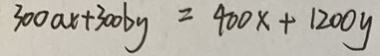
3 0 0 a x + 3 0 0 b y = 4 0 0 x + 1 2 0 0 y